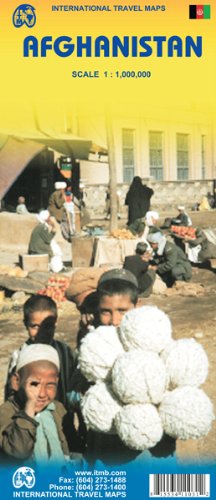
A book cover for Afghanistan 1:1,000,000 Travel Map (International Travel Maps); ITM Canada; Travel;